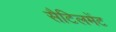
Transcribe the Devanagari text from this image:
सैटिलमेंट